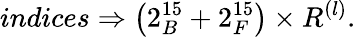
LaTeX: indices\Rightarrow\left(2_{B}^{15}+2_{F}^{15}\right)\times R^{\left(l\right)}.